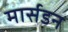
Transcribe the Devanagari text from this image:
मार्सडन